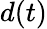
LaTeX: d(t)